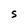
Character: S